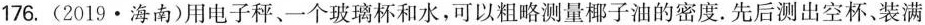
176.(2019·海南)用电子秤、一个玻璃杯和水，可以粗略测量椰子油的密度.先后测出空杯、装满